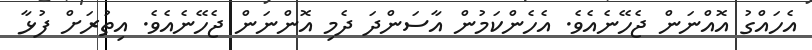
އެހައްގު އޮއްނަން ޖެހޭނެއެވެ. އެހެންކަމުން އާސަންދަ ދެމި އޮންނަން ޖެހޭނެއެވެ. އިތުރަށް ފުޅާ